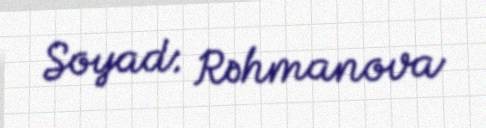
Soyad: Rəhmanova